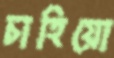
চাহিয়ো